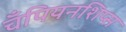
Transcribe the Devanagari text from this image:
चँपियनशिप्स